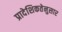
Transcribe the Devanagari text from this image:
प्रादेशिकतेनुसार